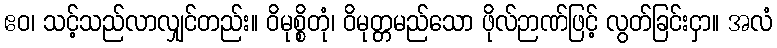
ဧဝ၊ သင့်သည်လာလျှင်တည်း။ ဝိမုစ္စိတုံ၊ ဝိမုတ္တမည်သော ဖိုလ်ဉာဏ်ဖြင့် လွတ်ခြင်းငှာ။ အလံ